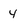
Character: 4